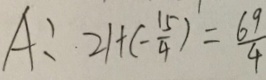
A : 2 1 + ( - \frac { 1 5 } { 4 } ) = \frac { 6 9 } { 4 }